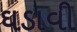
ઘડાવી